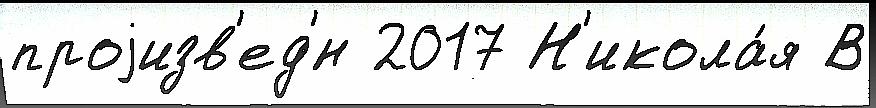
проjизв'ед'́н 2017 Н'икола́я В